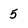
Character: 5